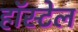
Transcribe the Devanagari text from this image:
हॉस्टेल